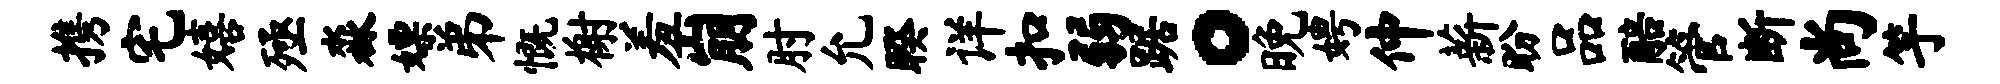
携宅嬉殛淼嫖弟慨榭羞崩肘允睽详扣弱踞。晚娉仲薪盼品醅管断尚竽